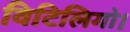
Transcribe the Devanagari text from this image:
विटिलिगो।